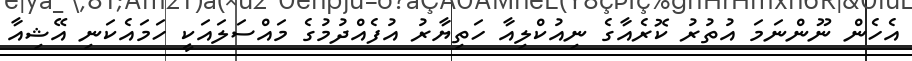
އެހެން ނޫންނަމަ އުތުރު ކޮރެއާގެ ނިއުކްލިއާ ހަތިޔާރު އުފެއްދުމުގެ މައްސަލައަކީ ހަމައެކަނި އޭޝިއާ